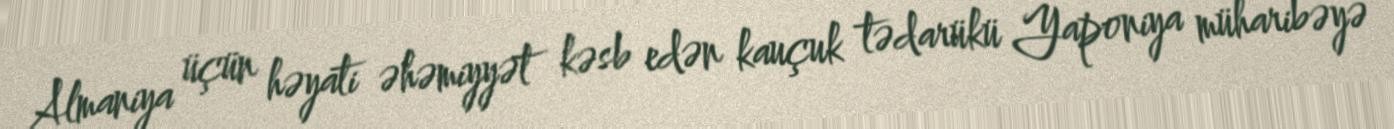
Almaniya üçün həyati əhəmiyyət kəsb edən kauçuk tədarükü Yaponiya müharibəyə